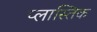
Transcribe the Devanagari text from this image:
प्लास्तिक